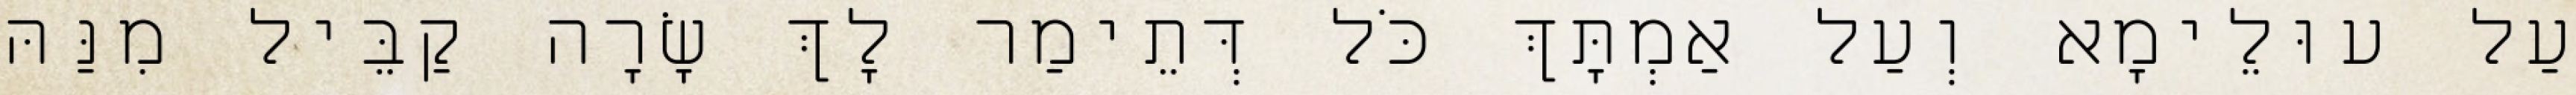
עַל עוּלֵימָא וְעַל אַמְתָּךְ כֹּל דְּתֵימַר לָךְ שָׂרָה קַבֵּיל מִנַּהּ